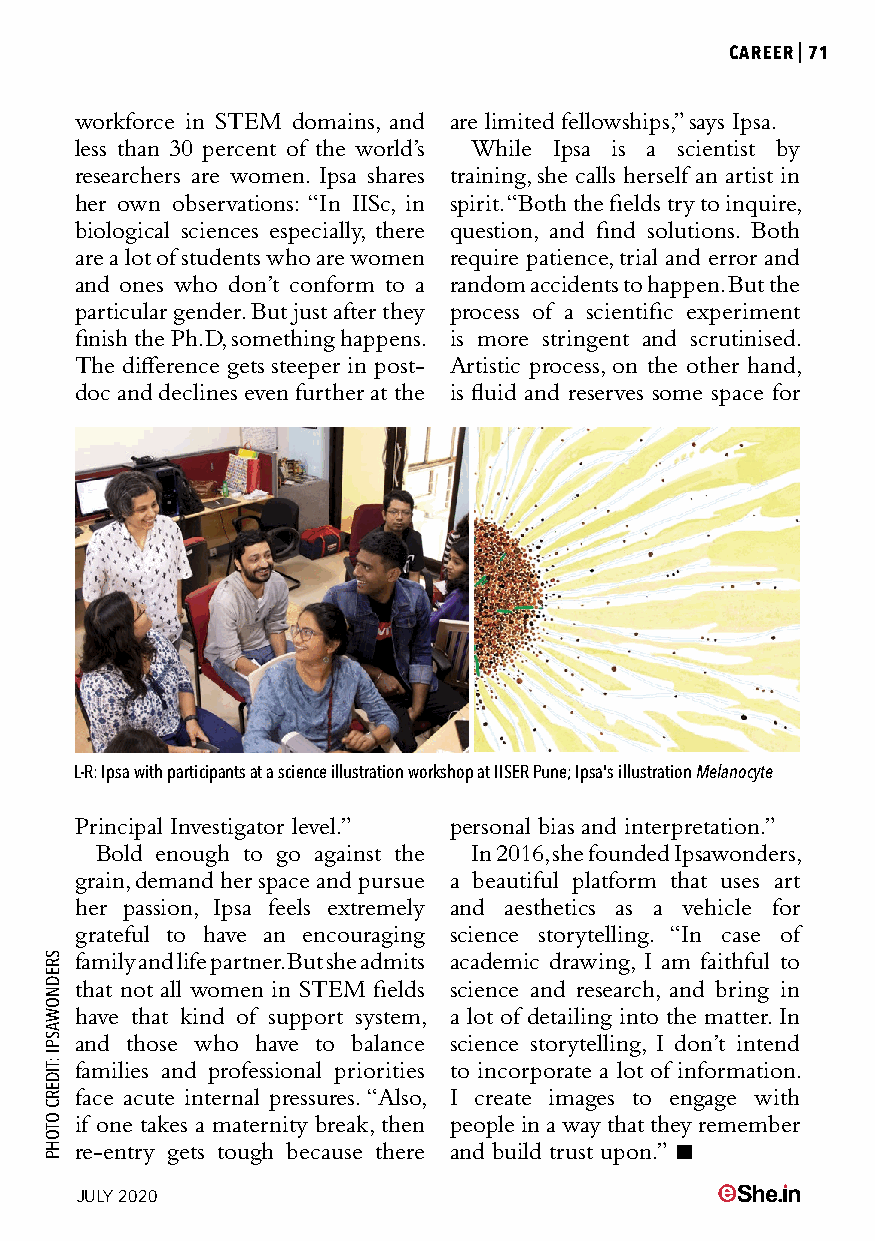
CAREER|71
 workforce in STEM domains, and are limited fellowships,” says Ipsa.
 less than 30 percent of the world’s While Ipsa is a scientist by
 researchers are women. Ipsa shares training, she calls herself an artist in
 her own observations: “In IISc, in spirit. “Both the fields try to inquire,
 biological sciences especially, there question, and find solutions. Both
 are a lot of students who are women require patience, trial and error and
 and ones who don’t conform to a random accidents to happen. But the
 particular gender. But just after they process of a scientific experiment
 finish the Ph.D, something happens. is more stringent and scrutinised.
 The difference gets steeper in post- Artistic process, on the other hand,
 doc and declines even further at the is fluid and reserves some space for
 L-R: Ipsa with participants at a science illustration workshop at IISER Pune; Ipsa's illustration Melanocyte
 Principal Investigator level.” personal bias and interpretation.”
 Bold enough to go against the In 2016, she founded Ipsawonders,
 grain, demand her space and pursue a beautiful platform that uses art
 her passion, Ipsa feels extremely and aesthetics as a vehicle for
 grateful to have an encouraging science storytelling. “In case of
 family and life partner. But she admits academic drawing, I am faithful to
 that not all women in STEM fields science and research, and bring in
 have that kind of support system, a lot of detailing into the matter. In
 and those who have to balance science storytelling, I don’t intend
 families and professional priorities to incorporate a lot of information.
 face acute internal pressures. “Also, I create images to engage with
 if one takes a maternity break, then people in a way that they remember
 re-entry gets tough because there and build trust upon.” 
 JULY 2020
 SREDNOWASPI
 :TIDERC
 OTOHP